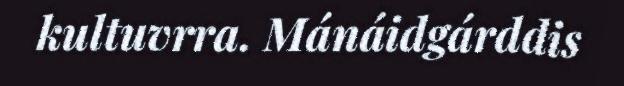
kultuvrra. Mánáidgárddis